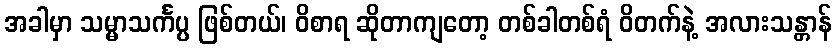
အခါမှာ သမ္မာသင်္ကပ္ပ ဖြစ်တယ်၊ ဝိစာရ ဆိုတာကျတော့ တစ်ခါတစ်ရံ ဝိတက်နဲ့ အလားသန္တာန်